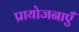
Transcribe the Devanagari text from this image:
प्रायोजनाएँ